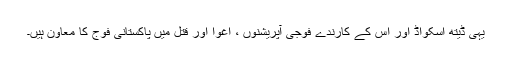
یہی ڈیتھ اسکواڈ اور اِس کے کارندے فوجی آپریشنوں ، اغوا اور قتل میں پاکستانی فوج کا معاون ہیں۔